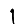
Digit: 1